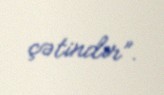
çətindir”.